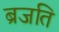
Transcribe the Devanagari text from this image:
ब्रजति